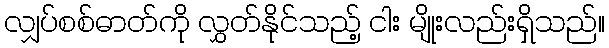
လျှပ်စစ်ဓာတ်ကို လွှတ်နိုင်သည့် ငါး မျိုးလည်းရှိသည်။